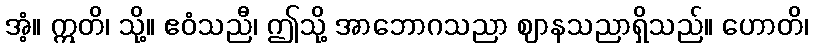
အံ့။ ဣတိ၊ သို့။ ဧဝံသညီ၊ ဤသို့ အာဘောဂသညာ ဈာနသညာရှိသည်။ ဟောတိ၊